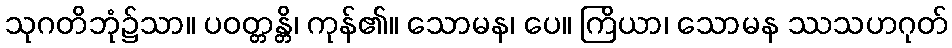
သုဂတိဘုံ၌သာ။ ပဝတ္တန္တိ၊ ကုန်၏။ သောမန၊ ပေ။ ကြိယာ၊ သောမန ဿသဟဂုတ်